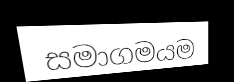
සමාගමයම